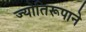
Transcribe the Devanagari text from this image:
ज्योतिरूपाने